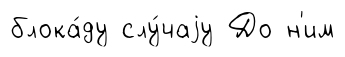
блока́ду слу́чаjу До н'им